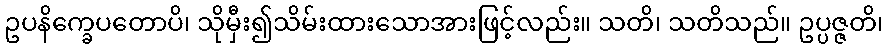
ဥပနိက္ခေပတောပိ၊ သိုမှီး၍သိမ်းထားသောအားဖြင့်လည်း။ သတိ၊ သတိသည်။ ဥပ္ပဇ္ဇတိ၊